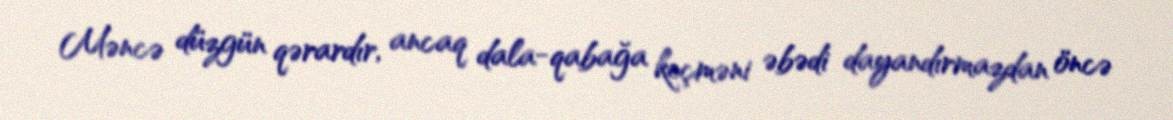
Məncə düzgün qərardır, ancaq dala-qabağa keçməni əbədi dayandırmazdan öncə